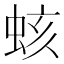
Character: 𧊏